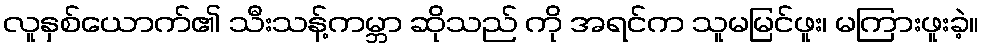
လူနှစ်ယောက်၏ သီးသန့်ကမ္ဘာ ဆိုသည် ကို အရင်က သူမမြင်ဖူး၊ မကြားဖူးခဲ့။